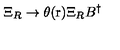
\Xi _ { R } \rightarrow \theta ( \mathrm { \boldmath r } ) \Xi _ { R } B ^ { \dag }